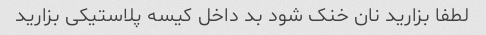
لطفا بزارید نان خنک شود بد داخل کیسه پلاستیکی بزارید